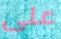
علي